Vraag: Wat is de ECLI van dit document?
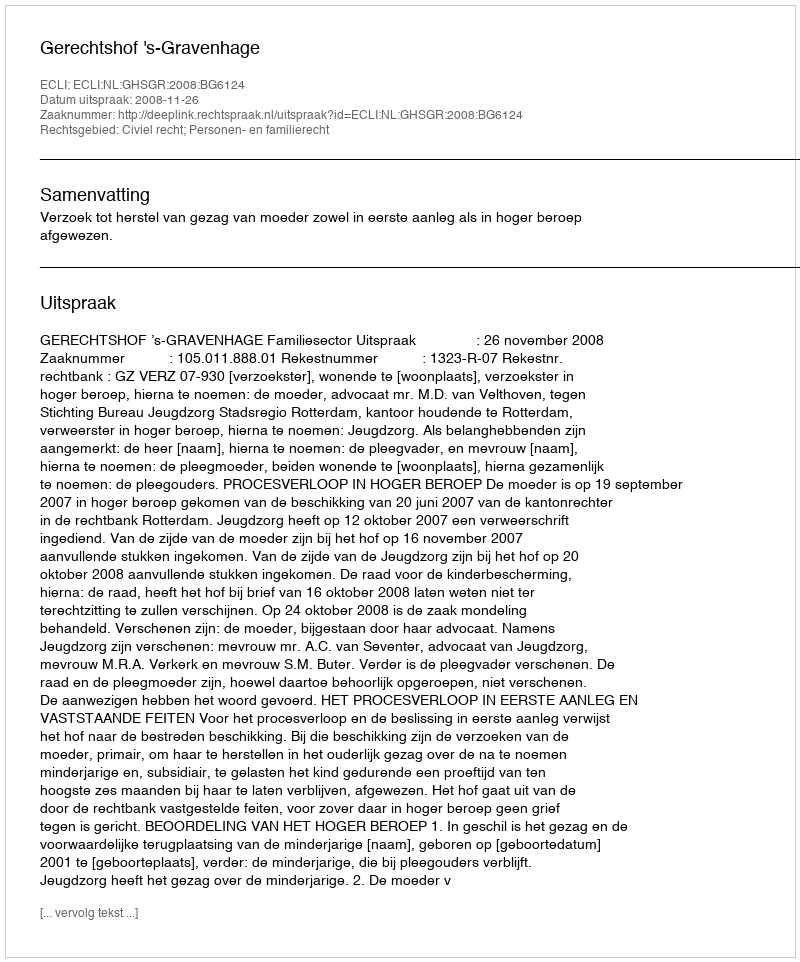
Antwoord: ECLI:NL:GHSGR:2008:BG6124